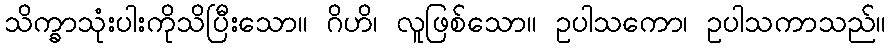
သိက္ခာသုံးပါးကိုသိပြီးသော။ ဂိဟိ၊ လူဖြစ်သော။ ဥပါသကော၊ ဥပါသကာသည်။